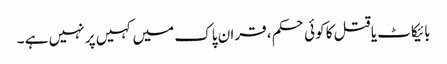
بائیکاٹ یا قتل کا کوئی حکم ، قران پاک میں کہیں پر نہیں ہے ۔